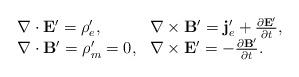
LaTeX: \begin{align*}\begin{array}{ll}\nabla\cdot \mathbf{E}^{\prime} =\rho_e^{\prime}, &\nabla\times\mathbf{B}^{\prime} =\mathbf{j}_e^{\prime}+\frac{\partial\mathbf{E^{\prime}} }{\partial t},\\\nabla\cdot \mathbf{B}^{\prime} =\rho_m^{\prime} =0,&\nabla\times\mathbf{E}^{\prime} = -\frac{\partial\mathbf{B^{\prime}} }{\partial t}.\end{array}\end{align*}